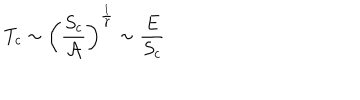
T _ { c } \sim \left( \frac { S _ { c } } { { \cal A } } \right) ^ { \frac { 1 } { \gamma } } \sim \frac { E } { S _ { c } }